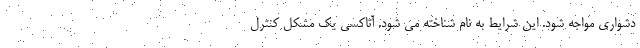
دشواری مواجه شود. این شرایط به نام شناخته می شود. آتاکسی یک مشکل کنترل